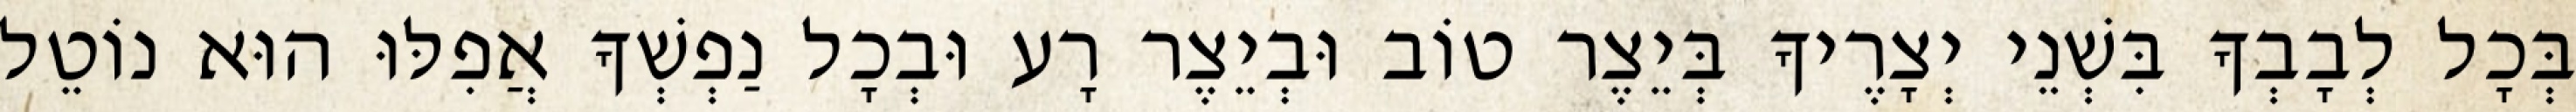
בְּכָל לְבָבְךָ בִּשְׁנֵי יְצָרֶיךָ בְּיֵצֶר טוֹב וּבְיֵצֶר רָע וּבְכָל נַפְשְׁךָ אֲפִלּוּ הוּא נוֹטֵל